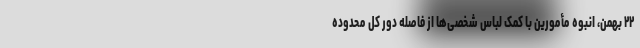
۲۲ بهمن، انبوه مأمورین با کمک لباس شخصی‌ها از فاصله دور کل محدوده